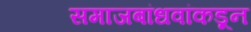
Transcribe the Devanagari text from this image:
समाजबांधवांकडून